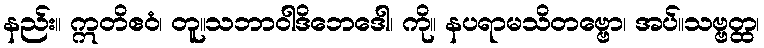
နည်း။ ဣတိဧဝံ၊ တူ။သဘာဝါဒိဘေဒေါ၊ ကို။ နပရာမသိတဗ္ဗော၊ အပ်။သဗ္ဗတ္ထ၊